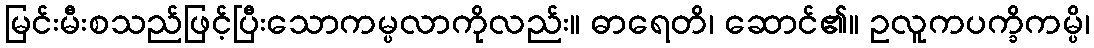
မြင်းမီးစသည်ဖြင့်ပြီးသောကမ္ပလာကိုလည်း။ ဓာရေတိ၊ ဆောင်၏။ ဥလူကပက္ခိကမ္ပိ၊